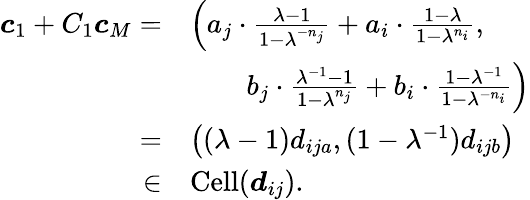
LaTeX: \begin{array}{rl}{\boldsymbol{c}_{1}+C_{1}\boldsymbol{c}_{M}=}&{\left(a_{j}\cdot\frac{\lambda-1}{1-\lambda^{-n_{j}}}+a_{i}\cdot\frac{1-\lambda}{1-\lambda^{n_{i}}},\right.}\\ &{\quad\quad\left.b_{j}\cdot\frac{\lambda^{-1}-1}{1-\lambda^{n_{j}}}+b_{i}\cdot\frac{1-\lambda^{-1}}{1-\lambda^{-n_{i}}}\right)}\\ {=}&{\left((\lambda-1)d_{ija},(1-\lambda^{-1})d_{ijb}\right)}\\ {\in}&{\operatorname{Cell}(\boldsymbol{d}_{ij}).}\end{array}